Report of the Indian Hemp Drugs Commission, 1894-1895 - Volume VIII
Year: 1894
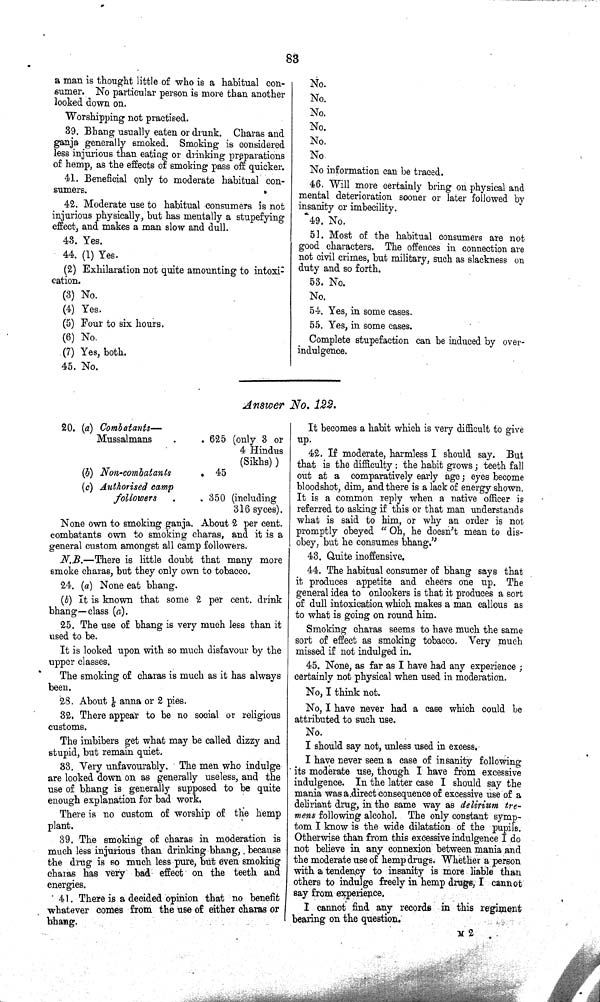
83
a man is thought little of who is a habitual con-
sumer. No particular person is more than another
looked down on.
Worshipping not practised.
39. Bhang usually eaten or drunk. Charas and
ganja generally smoked. Smoking is considered
less injurious than eating or drinking preparations
of hemp, as the effects of smoking pass off quicker.
41. Beneficial only to moderate habitual con-
sumers.
42. Moderate use to habitual consumers is not
injurious physically, but has mentally a stupefying
effect, and makes a man slow and dull.
43. Yes.
44. (1) Yes.
(2) Exhilaration not quite amounting to intoxi
cation.
(3) No.
(4) Yes.
(5) Four to six hours.
(6) No.
(7) Yes, both.
45. No.
No.
No.
No.
No.
No.
No.
No information can be traced.
46. Will more certainly bring on physical and
mental deterioration sooner or later followed by
insanity or imbecility.
49. No.
51. Most of the habitual consumers are not
good characters. The offences in connection are
not civil crimes, but military, such as slackness on
duty and so forth.
53. No.
No.
54. Yes, in some cases.
55. Yes, in some cases.
Complete stupefaction can be induced by over-
indulgence.
Answer No. 122.
20. (a) Combatants—
Mussalmans
625 (only 3 or
4 Hindus
(Sikhs))
(b) Non-combatants
45
(c) Authorised camp
followers
350 (including
316 syces).
None own to smoking ganja. About 2 per cent.
combatants own to smoking charas, and it is a
general custom amongst all camp followers.
N.B.—There is little doubt that many more
smoke charas, but they only own to tobacco.
24. (a) None eat bhang.
(b) It is known that some 2 per cent. drink
bhang—class (a).
25. The use of bhang is very much less than it
used to be.
It is looked upon with so much disfavour by the
upper classes.
The smoking of charas is much as it has always
been.
28. About 1/6 anna or 2 pies.
32. There appear to be no social or religious
customs.
The imbibers get what may be called dizzy and
stupid, but remain quiet.
33. Very unfavourably. The men who indulge
are looked down on as generally useless, and the
use of bhang is generally supposed to be quite
enough explanation for bad work.
There is no custom of worship of the hemp
plant.
39. The smoking of charas in moderation is
much less injurious than drinking bhang,. because
the drug is so much less pure, but even smoking
charas has very bad effect on the teeth and
energies.
41. There is a decided opinion that no benefit
whatever comes from the use of either charas or
bhang.
It becomes a habit which is very difficult to give
up.
42. If moderate, harmless I should say. But
that is the difficulty: the habit grows; teeth fall
out at a comparatively early age; eyes become
bloodshot, dim, and there is a lack of energy shown.
It is a common reply when a native officer is
referred to asking if this or that man understands
what is said to him, or why an order is not
promptly obeyed "Oh, he doesn't mean to dis-
obey, but he consumes bhang."
43. Quite inoffensive.
44. The habitual consumer of bhang says that
it produces appetite and cheers one up. The
general idea to onlookers is that it produces a sort
of dull intoxication which makes a man callous as
to what is going on round him.
Smoking charas seems to have much the same
sort of effect as smoking tobacco. Very much
missed if not indulged in.
45. None, as far as I have had any experience;
certainly not physical when used in moderation.
No, I think not.
No, I have never had a case which could be
attributed to such use.
No.
I should say not, unless used in excess.
I have never seen a case of insanity following
its moderate use, though I have from excessive
indulgence. In the latter case I should say the
mania was a direct consequence of excessive use of a
deliriant drug, in the same way as delirium tre-
mens following alcohol. The only constant symp-
tom I know is the wide dilatation of the pupils.
Otherwise than from this excessive indulgence I do
not believe in any connexion between mania and
the moderate use of hemp drugs. Whether a person
with a tendency to insanity is more liable than
others to indulge freely in hemp drugs, I cannot
say from experience.
I cannot find any records in this regiment
bearing on the question.
M 2